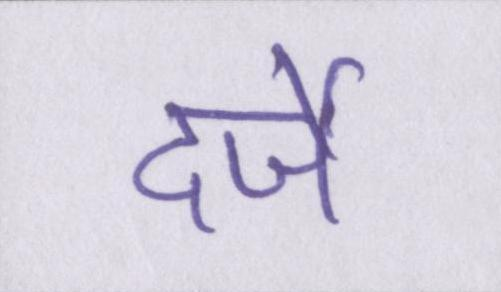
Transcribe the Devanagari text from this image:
दर्जे